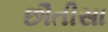
છૌતીસા